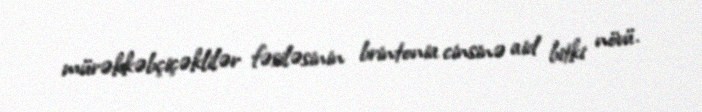
mürəkkəbçiçəklilər fəsiləsinin brintonia cinsinə aid bitki növü.